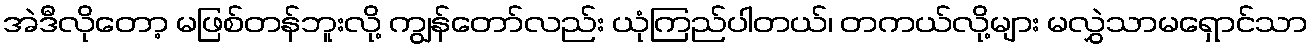
အဲဒီလိုတော့ မဖြစ်တန်ဘူးလို့ ကျွန်တော်လည်း ယုံကြည်ပါတယ်၊ တကယ်လို့များ မလွှဲသာမရှောင်သာ